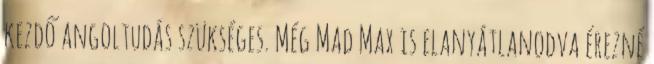
kezdő angoltudás szükséges. Még Mad Max is elanyátlanodva érezné